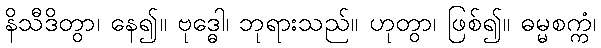
နိသီဒိတွာ၊ နေ၍။ ဗုဒ္ဓေါ၊ ဘုရားသည်။ ဟုတွာ၊ ဖြစ်၍။ ဓမ္မစက္ကံ၊